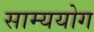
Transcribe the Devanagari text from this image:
साम्ययोग